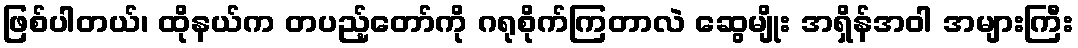
ဖြစ်ပါတယ်၊ ထိုနယ်က တပည့်တော်ကို ဂရုစိုက်ကြတာလဲ ဆွေမျိုး အရှိန်အဝါ အများကြီး